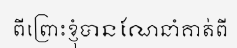
ពីព្រោះខ្ញុំបានណែនាំគាត់ពី